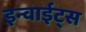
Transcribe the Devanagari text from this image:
इन्वाईट्स